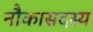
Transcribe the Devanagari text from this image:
नौकासदस्य